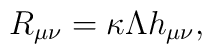
R_{\mu\nu}=\kappa\Lambda h_{\mu\nu},